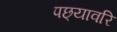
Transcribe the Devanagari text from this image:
पछ्यावरि